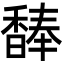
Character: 䭰